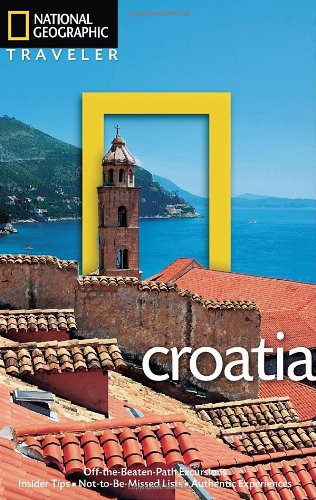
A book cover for National Geographic Traveler: Croatia; Rudolf Abraham; Travel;